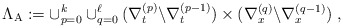
\begin{align*}\Lambda_{\mathrm{A}}:= \cup_{p=0}^k \cup_{q=0}^{\ell} (\nabla_t^{(p)} \backslash \nabla_t^{(p-1)}) \times (\nabla_x^{(q)} \backslash \nabla_x^{(q-1)})\;,\end{align*}